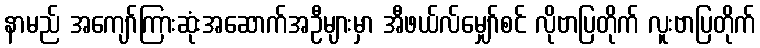
နာမည် အကျော်ကြားဆုံးအဆောက်အဦများမှာ အီဖယ်လ်မျှော်စင် လိုဗာပြတိုက် လူးဗာပြတိုက်